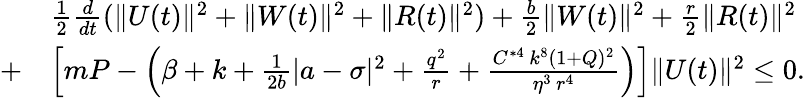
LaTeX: \begin{array}{rl}&{\frac{1}{2}\frac{d}{dt}(\| U(t)\| ^{2}+\| W(t)\| ^{2}+\| R(t)\| ^{2})+\frac{b}{2}\| W(t)\| ^{2}+\frac{r}{2}\| R(t)\| ^{2}}\\ {+}&{\left[mP-\left(\beta+k+\frac{1}{2b}|a-\sigma|^{2}+\frac{q^{2}}{r}+\frac{C^{*4}\, k^{8}(1+Q)^{2}}{\eta^{3}\, r^{4}}\right)\right]\| U(t)\| ^{2}\leq 0.}\end{array}